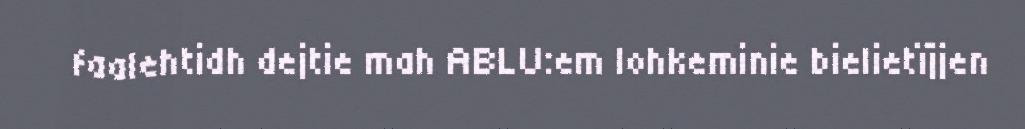
faalehtidh dejtie mah ABLU:em lohkeminie bielietïjjen